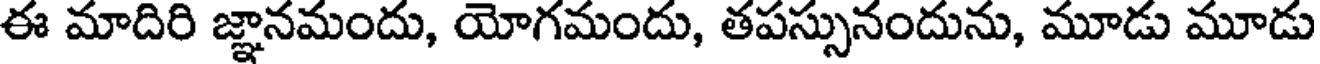
ఈ మాదిరి జ్ఞానమందు, యోగమందు, తపస్సునందును, మూడు మూడు